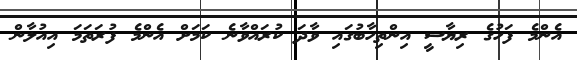
އެންމެ ފަހުގެ ރިޔާސީ އިންތިހާބުގައި ވާދަ ކުރައްވާނެ ކަމަށް އެންމެ ފުރަތަމަ އިއުލާން